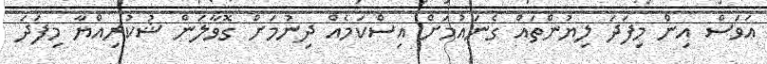
އަވަސް އިން މިފަދަ ލިޔުންތައް ގެނައުމަށް އިސްކަމެއް ދިނުމަށް ގޮވާލަން ޝުކުރިއްޔާ މިފަދަ